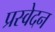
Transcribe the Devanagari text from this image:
प्रस्वेदन